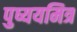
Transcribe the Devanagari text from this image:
पुष्ययमित्र